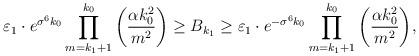
LaTeX: \begin{align*}\varepsilon_1\cdot e^{\sigma^6k_0}\prod_{m=k_1+1}^{k_0}\bigg(\frac{\alpha k_0^2}{m^2}\bigg)\geq B_{k_1}\geq \varepsilon_1\cdot e^{-\sigma^6k_0}\prod_{m=k_1+1}^{k_0}\bigg(\frac{\alpha k_0^2}{m^2}\bigg),\end{align*}